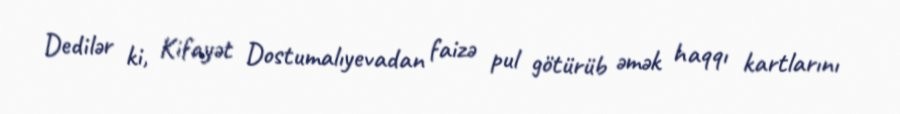
Dedilər ki, Kifayət Dostumalıyevadan faizə pul götürüb əmək haqqı kartlarını